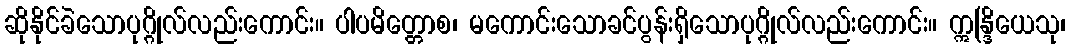
ဆိုနိုင်ခဲသောပုဂ္ဂိုလ်လည်းကောင်း။ ပါပမိတ္တောစ၊ မကောင်းသောခင်ပွန်းရှိသောပုဂ္ဂိုလ်လည်းကောင်း။ ဣန္ဒြိယေသု၊